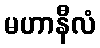
မဟာနီလံ